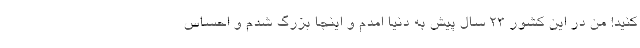
کنید! من در این کشور ۲۳ سال پیش به دنیا امدم و اینجا بزرگ شدم و احساس